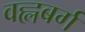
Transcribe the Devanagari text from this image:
वह्लबर्ग